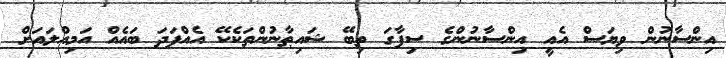
އިންސާނުން ވިޔަސް އެއީ އިންސާނުންގެ ސިފާގަ ތިބޭ ޝައިޠާނުންތަކެކޭ އެއްފަދަ ބައެއް އަމިއްލައަށް